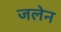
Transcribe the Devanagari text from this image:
जलेन